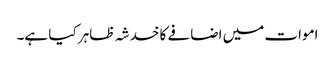
اموات میں اضافے کا خدشہ ظاہر کیا ہے۔